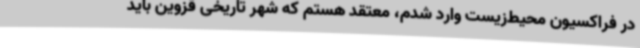
در فراکسیون محیط‌زیست وارد شدم، معتقد هستم که شهر تاریخی قزوین باید